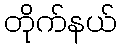
တိုက်နယ်